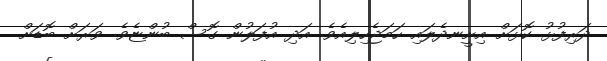
ދަރިފުޅު ކޮޅަށް އިށީނދެލައި ހަމަޖެހިލިއެވެ. އަދި އުފަލުން ގޮސް ބުންޏެވެ. ވަރަށް ބޮޑަށް